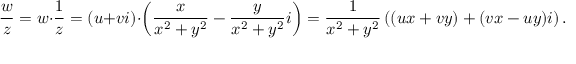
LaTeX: { \frac { w } { z } } = w \cdot { \frac { 1 } { z } } = ( u + v i ) \cdot \left( { \frac { x } { x ^ { 2 } + y ^ { 2 } } } - { \frac { y } { x ^ { 2 } + y ^ { 2 } } } i \right) = { \frac { 1 } { x ^ { 2 } + y ^ { 2 } } } \left( ( u x + v y ) + ( v x - u y ) i \right) .